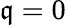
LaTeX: {{\mathfrak{q}}}=0